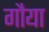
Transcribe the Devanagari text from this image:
गौया